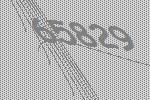
65829